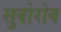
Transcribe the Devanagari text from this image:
सुवोरोव